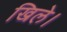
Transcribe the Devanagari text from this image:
खिले।